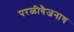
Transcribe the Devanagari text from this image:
परळीवैजनाथ